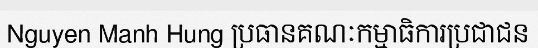
Nguyen Manh Hung ប្រធានគណៈកម្មាធិការប្រជាជន